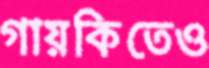
গায়কিতেও